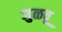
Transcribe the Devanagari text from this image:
जुळवू